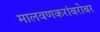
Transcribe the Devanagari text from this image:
मालवणकरांबरोबर